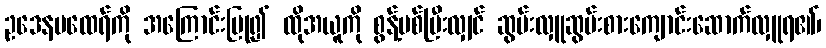
ဥဒေနမထေရ်ကို အကြောင်းပြု၍ ထိုအယူကို စွန့်ပစ်ပြီးလျှင် ဆွမ်းလှူဆွမ်းစားကျောင်းဆောက်လှူရ၏၊